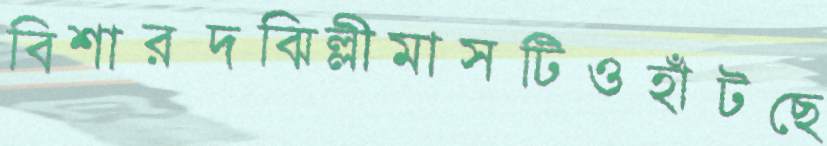
বিশারদঝিল্লীমাসটিওহাঁটছে